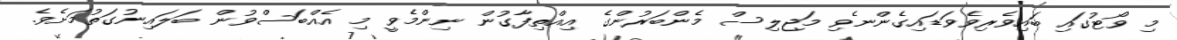
މި ވޯޓުގައި ބައިވެރިވެވަޑައިގެންނެވި މަޖިލިސް މެންބަރުންގެ އިއްތިފާގުން ނިންމެވީ މި އެއްބަސްވުން ބަލައިނުގަތުމަށެވެ.